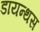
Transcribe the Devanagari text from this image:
डायन्थस